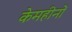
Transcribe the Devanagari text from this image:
केमहीनों